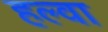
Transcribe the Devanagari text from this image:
हल्वा